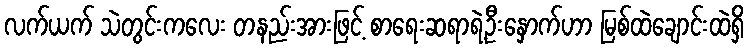
လက်ယက် သဲတွင်းကလေး တနည်းအားဖြင့် စာရေးဆရာရဲ့ဦးနှောက်ဟာ မြစ်ထဲချောင်းထဲရှိ